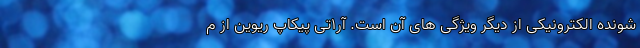
شونده الکترونیکی از دیگر ویژگی های آن است. آر1تی پیکاپ ریوین از م